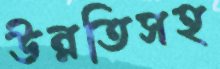
উন্নতিসহ